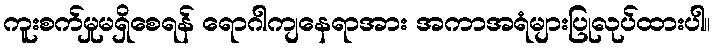
ကူးစက်မှုမရှိစေရန် ရောဂါကျနေရာအား အကာအရံများပြုလုပ်ထားပါ။